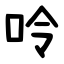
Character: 呤